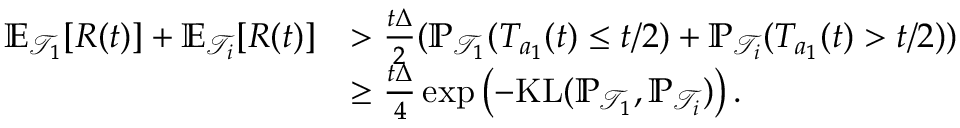
\begin{array} { r l } { \mathbb { E } _ { \mathcal { T } _ { 1 } } [ R ( t ) ] + \mathbb { E } _ { \mathcal { T } _ { i } } [ R ( t ) ] } & { > \frac { t \Delta } { 2 } ( \mathbb { P } _ { \mathcal { T } _ { 1 } } ( T _ { a _ { 1 } } ( t ) \le t / 2 ) + \mathbb { P } _ { \mathcal { T } _ { i } } ( T _ { a _ { 1 } } ( t ) > t / 2 ) ) } \\ & { \ge \frac { t \Delta } { 4 } \exp \left( - \mathrm { K L } ( \mathbb { P } _ { \mathcal { T } _ { 1 } } , \mathbb { P } _ { \mathcal { T } _ { i } } ) \right) . } \end{array}